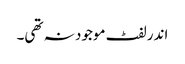
اندر لفٹ موجود نہ تھی۔